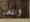
انقضى